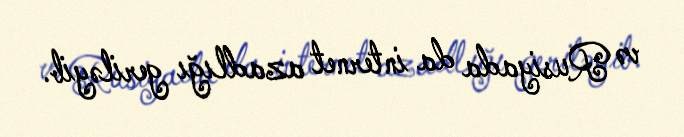
və Rusiyada da internet azadlığı geriləyib.